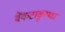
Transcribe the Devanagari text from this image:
वेंकटाकृष्णा